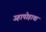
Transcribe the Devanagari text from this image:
उहापोहाचा